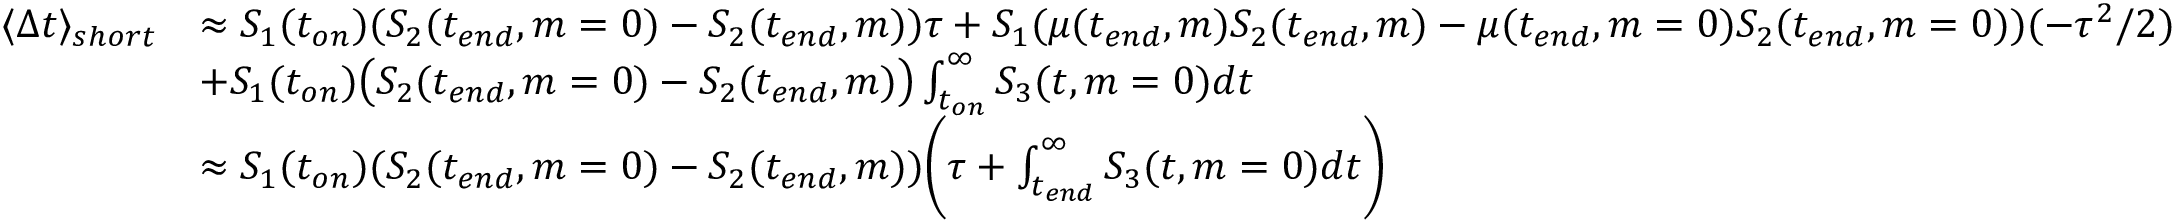
\begin{array} { r l } { \langle \Delta t \rangle _ { s h o r t } } & { \approx S _ { 1 } ( t _ { o n } ) ( S _ { 2 } ( t _ { e n d } , m = 0 ) - S _ { 2 } ( t _ { e n d } , m ) ) \tau + S _ { 1 } ( \mu ( t _ { e n d } , m ) S _ { 2 } ( t _ { e n d } , m ) - \mu ( t _ { e n d } , m = 0 ) S _ { 2 } ( t _ { e n d } , m = 0 ) ) ( - \tau ^ { 2 } / 2 ) } \\ & { + S _ { 1 } ( t _ { o n } ) \big ( S _ { 2 } ( t _ { e n d } , m = 0 ) - S _ { 2 } ( t _ { e n d } , m ) \big ) \int _ { t _ { o n } } ^ { \infty } S _ { 3 } ( t , m = 0 ) d t } \\ & { \approx S _ { 1 } ( t _ { o n } ) ( S _ { 2 } ( t _ { e n d } , m = 0 ) - S _ { 2 } ( t _ { e n d } , m ) ) \bigg ( \tau + \int _ { t _ { e n d } } ^ { \infty } S _ { 3 } ( t , m = 0 ) d t \bigg ) } \end{array}